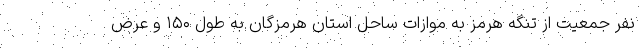
نفر جمعیت از تنگه هرمز به موازات ساحل استان هرمزگان به طول ۱۵۰ و عرض